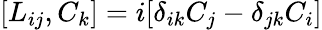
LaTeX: [L_{ij},C_{k}]=i[\delta_{ik}C_{j}-\delta_{jk}C_{i}]